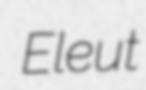
Eleut